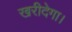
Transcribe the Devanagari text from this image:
खरीदेगा।